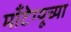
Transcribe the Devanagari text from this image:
माँटेग्यूच्या